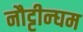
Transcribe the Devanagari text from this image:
नौट्टीन्घम